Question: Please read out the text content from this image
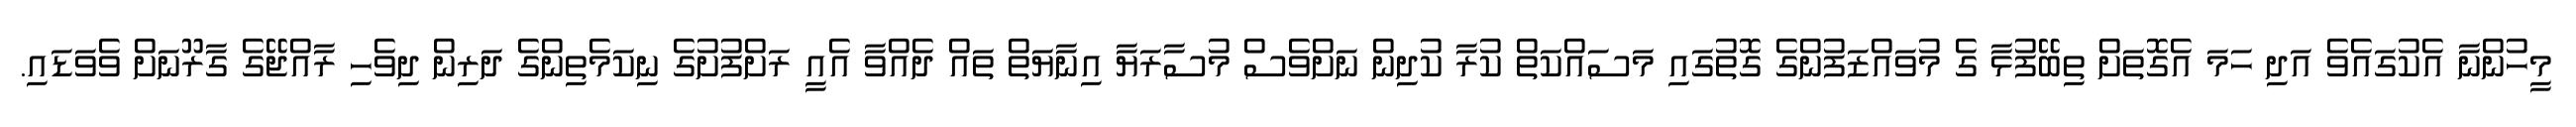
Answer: މީހުންނާ އެކުގައެވެ އަދި ހަމަ އެގޮތަށް ތިބޭފުޅާ ގެ މުވައްޒަފުންގެ ގޮތުގައި މަސައްކަތް ކުރާ ކުދިން ނަށްވެސް މުސާރަޔާ އިނާޔަތް ތައް ދެއްވާ އެއީ ރަށްފުށުގެ ނިކަމެތިންގެ ދަރިން ދިވެހި ރާއްޖޭގެ ގާރޫނަށް ވެވަޑައި.